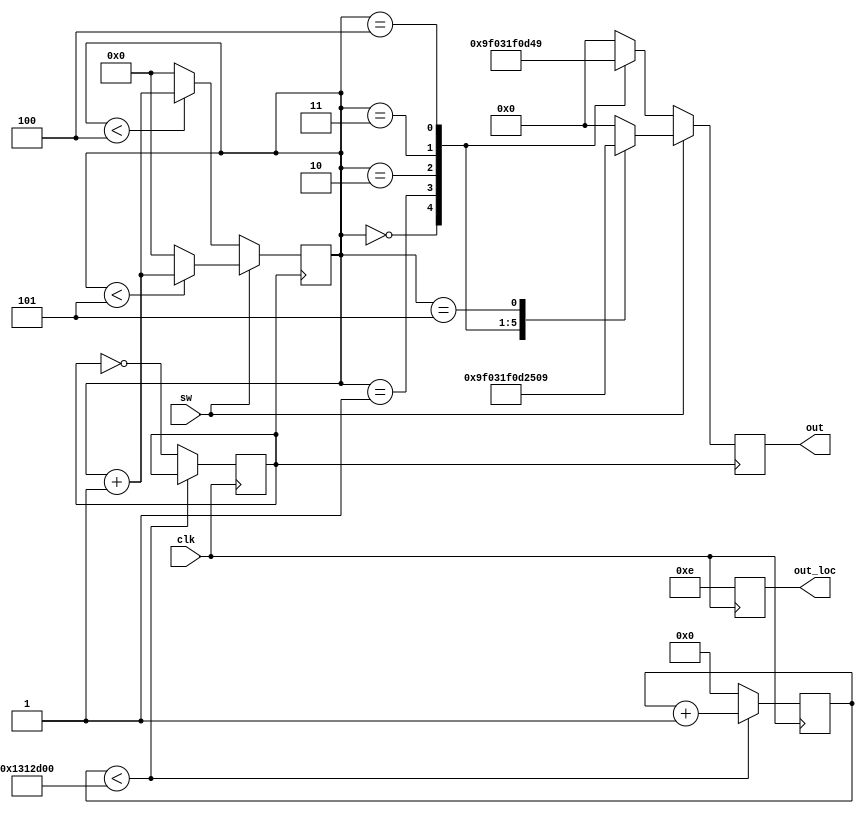
module segment(out, out_loc, clk, sw);

input sw;
input clk;
output reg [7:0]out;
output reg [3:0]out_loc;

reg [31:0]clk_count;
reg clk_1s;
reg [3:0]state;
always@(posedge clk)
begin 
	if (clk_count < 32'd20000000)
		clk_count <= clk_count + 1'b1;
	else
	begin 
		clk_count <= 32'd0;
		clk_1s <= ~clk_1s;
	end
end

always@(posedge clk)
	out_loc <= 4'b1110;
	
always@(posedge clk_1s)
begin 
	if (sw == 1) 
	begin
		if (state < 4'd5)
			state <= state + 1'b1;
		else
			state <= 4'd0;
	end
	else
	begin 			if (state < 4'd4)
			state <= state + 1'b1;
		else
			state <= 4'd0;
	end	
end
	
always@(posedge clk_1s)
begin 
	if (sw == 1)
	begin
		case(state)
			4'd0:	out <= 8'b1001_1111; //1
			4'd1:	out <= 8'b0000_0011; //0
			4'd2:	out <= 8'b0001_1111; //7
			4'd3:	out <= 8'b0000_1101; //3
			4'd4:	out <= 8'b0010_0101; //2
			4'd5:	out <= 8'b0000_1001; //9
			default: out <= 8'b0000_0000;
		endcase
	end 
	else 
	begin 
		case(state)
			4'd0:	out <= 8'b1001_1111; //1
			4'd1:	out <= 8'b0000_0011; //0
			4'd2:	out <= 8'b0001_1111; //7
			4'd3:	out <= 8'b0000_1101; //3
			4'd4:	out <= 8'b0100_1001; //5
			default: out <= 8'b0000_0000;
		endcase	
	end
end
	
endmodule